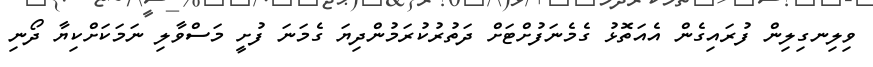
ވިލިނގިލިން ފުރައިގެން އެއަތޮޅު ގެމެނަފުށްޓަށް ދަތުރުކުރަމުންދިޔަ ގެމަނަ ފުށީ މަސްވާލި ނަމަކަށްކިޔާ ދޯނި